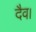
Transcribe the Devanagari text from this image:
दैव।